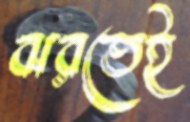
ঝরতেই